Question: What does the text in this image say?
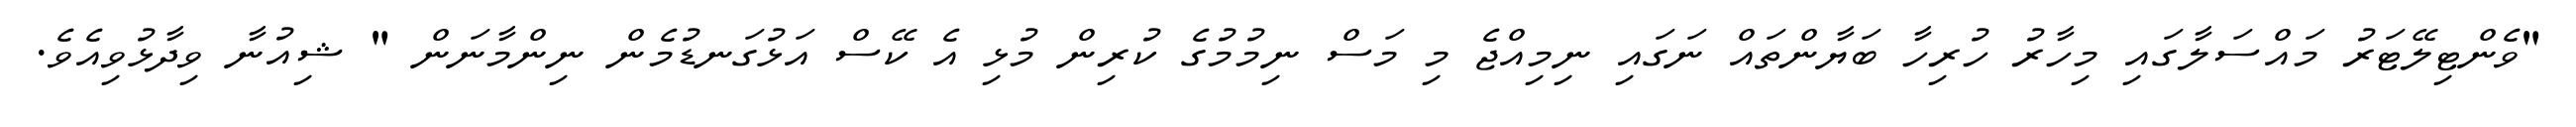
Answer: "ވެންޓިލޭޓަރު މައްސަލާގައި މިހާރު ހުރިހާ ބަޔާންތައް ނަގައި ނިމިއްޖެ މި މަސް ނިމުމުގެ ކުރިން މުޅި އެ ކޭސް އަޅުގަނޑުމެން ނިންމާނަން " ޝިއުނާ ވިދާޅުވިއެވެ.